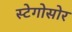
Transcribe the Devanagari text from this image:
स्टेगोसोर